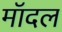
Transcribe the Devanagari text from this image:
मॉदल